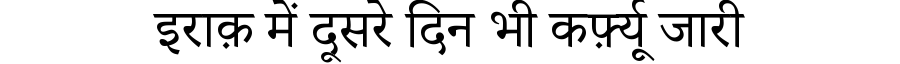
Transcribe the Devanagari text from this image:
इराक़ में दूसरे दिन भी कर्फ़्यू जारी